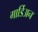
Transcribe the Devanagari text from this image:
गार्डिअन